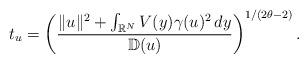
LaTeX: \begin{align*}t_{u}=\left( \frac{\| u\|^2 + \int_{\mathbb{R}^{N}} V(y)\gamma(u)^ 2 \,dy}{\mathbb{D}(u)}\right)^{1/(2\theta-2)}.\end{align*}